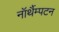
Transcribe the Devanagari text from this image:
नॉर्थैम्पटन